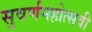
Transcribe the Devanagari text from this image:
सुवर्णमहोत्‍सवी